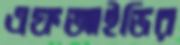
এফআইডির